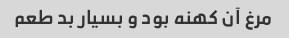
مرغ آن کهنه بود و بسیار بد طعم